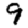
Digit: 9